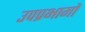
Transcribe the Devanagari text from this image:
उपप्रभागों